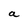
Character: a